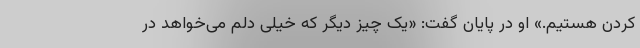
کردن هستیم.» او در پایان گفت: «یک چیز دیگر که خیلی دلم می‌خواهد در